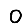
Digit: 0